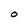
Character: 0